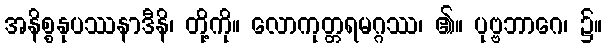
အနိစ္စနုပဿနာဒီနိ၊ တို့ကို။ လောကုတ္တရမဂ္ဂဿ၊ ၏။ ပုဗ္ဗဘာဂေ၊ ၌။